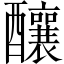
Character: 釀